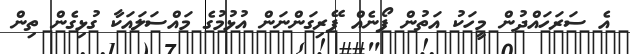
އެ ސަރަހައްދުން މީހަކު އަތުން ފޯނެއް ފޭރިގަންނަން އުޅުމުގެ މައްސަލައަކާ ގުޅިގެން ތިން